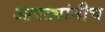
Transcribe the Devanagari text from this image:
आपट्यांनीच